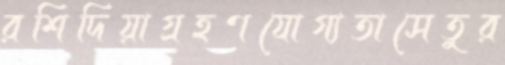
রশিদিয়াগ্রহণযোগ্যতাসেতুর